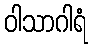
ဝါသာဂါရံ